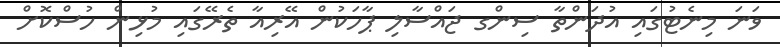
ވަނަ މިނެޓުގައި އުދަންތާ ސިންގ ޖައްސާލި ޕާހަކުން އޭރިއާ ތެރޭގައި މުޅިން ހުސްކޮށް